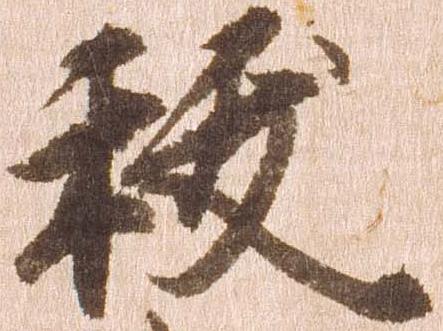
祓